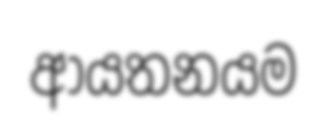
ආයතනයම